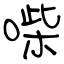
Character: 喍